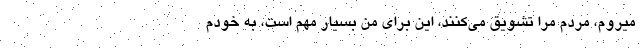
ميروم، مردم مرا تشويق مي‌كنند، اين براي من بسيار مهم است، به خودم